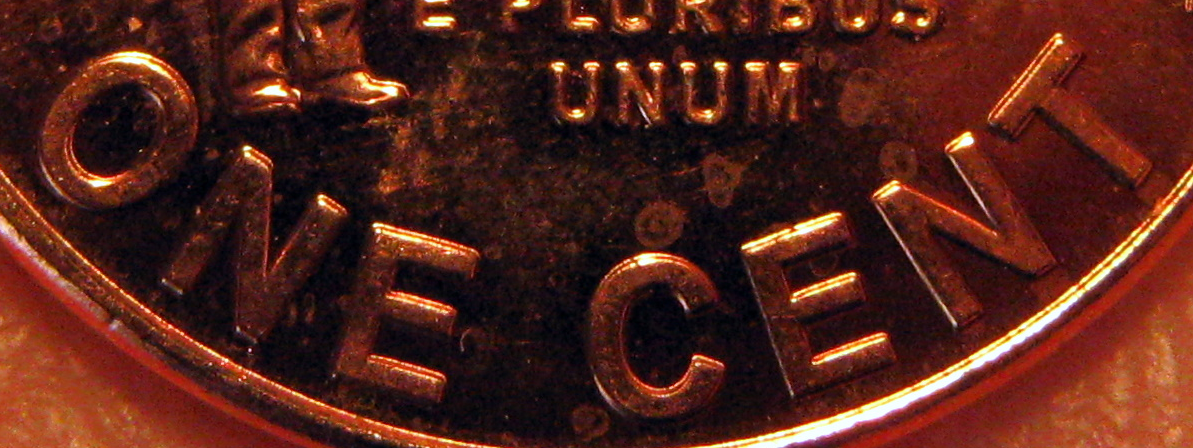
ONE CENT